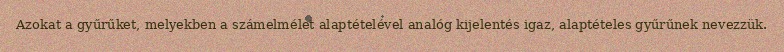
Azokat a gyűrűket, melyekben a számelmélet alaptételével analóg kijelentés igaz, alaptételes gyűrűnek nevezzük.